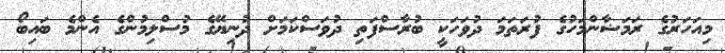
މިއަހަރުގެ ރަމަޟާންމަހުގެ ފުރަތަމަ ދުވަހަކީ ބުރާސްފަތި ދުވަސްކަމަށް ދުނިޔޭގެ މުސްލިމުންގެ އެންމެ ބައިބޯ